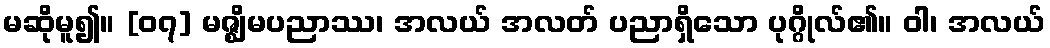
မဆိုမူ၍။ [၀၇] မဇ္ဈိမပညာဿ၊ အလယ် အလတ် ပညာရှိသော ပုဂ္ဂိုလ်၏။ ဝါ၊ အလယ်